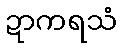
ဍာကရသံ